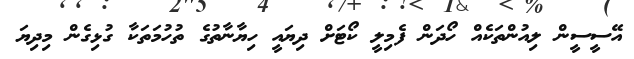
އޭސީސީން ލިއުންތަކެއް ހޯދަން ފެމިލީ ކޯޓަށް ދިޔައީ ހިޔާނާތުގެ ތުހުމަތަކާ ގުޅިގެން މިދިޔަ